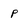
Character: p